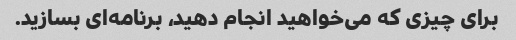
برای چیزی که می‌خواهید انجام دهید، برنامه‌ای بسازید.